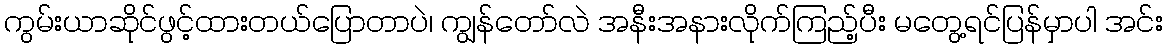
ကွမ်းယာဆိုင်ဖွင့်ထားတယ်ပြောတာပဲ၊ ကျွန်တော်လဲ အနီးအနားလိုက်ကြည့်ပီး မတွေ့ရင်ပြန်မှာပါ အင်း